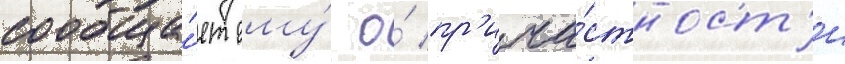
сообща́ет ему́ о́ пр'ича́стност'и